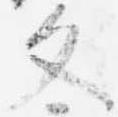
文